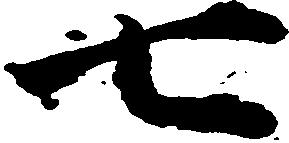
七